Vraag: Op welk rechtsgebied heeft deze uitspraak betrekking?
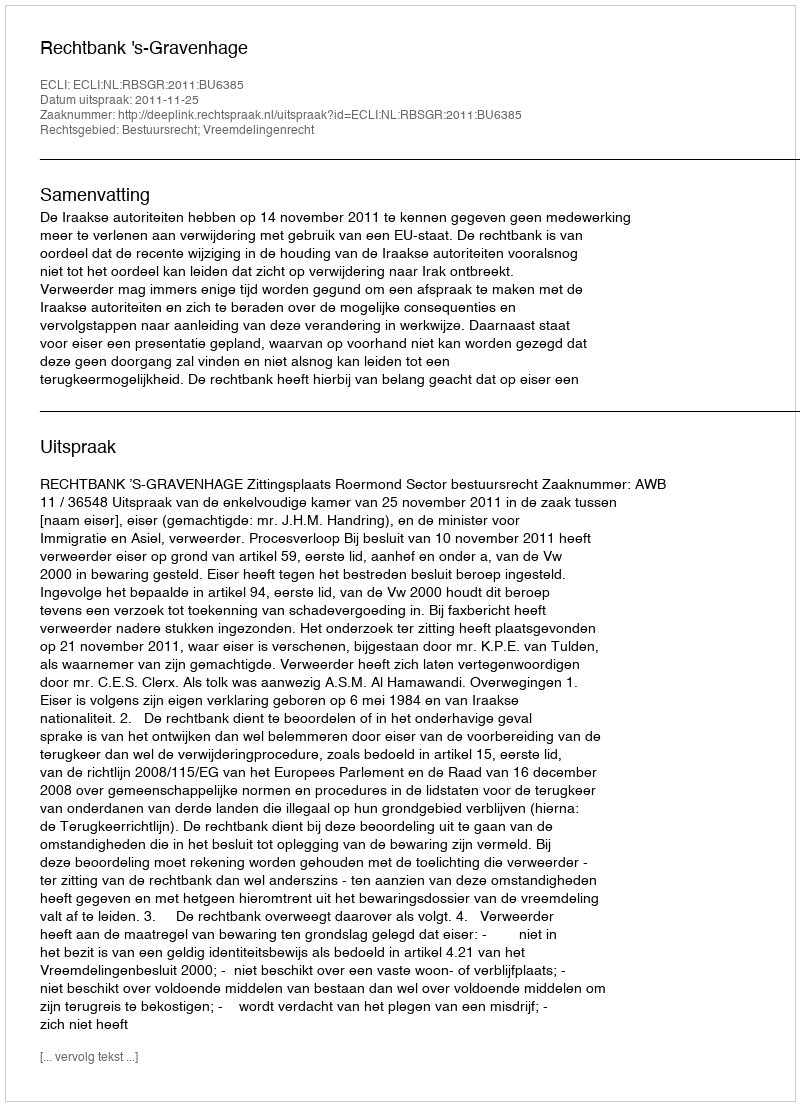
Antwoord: Bestuursrecht; Vreemdelingenrecht